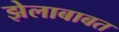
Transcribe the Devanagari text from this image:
झेलाबाबत